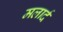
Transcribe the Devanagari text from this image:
मलार्द